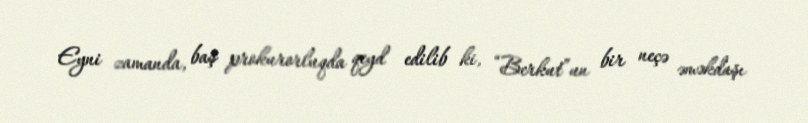
Eyni zamanda, baş prokurorluqda qeyd edilib ki, “Berkut”un bir neçə əməkdaşı